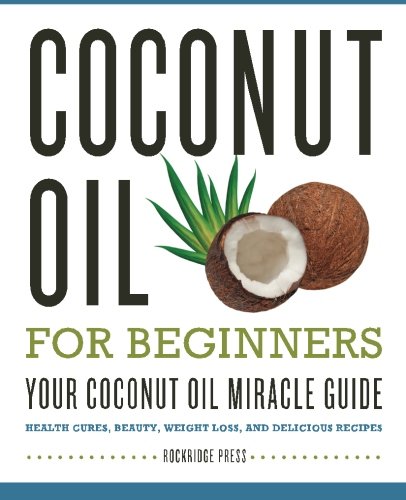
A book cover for Coconut Oil for Beginners - Your Coconut Oil Miracle Guide: Health Cures, Beauty, Weight Loss, and Delicious Recipes; Rockridge Press; Health, Fitness & Dieting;